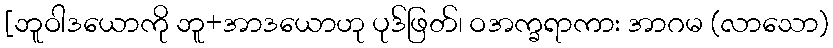
[ဘူဝါဒယောကို ဘူ+အာဒယောဟု ပုဒ်ဖြတ်၊ ဝအက္ခရာကား အာဂမ (လာသော)